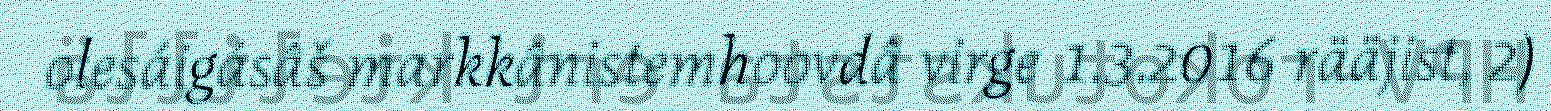
olesáigásâš markkânistemhoovdâ virge 1.3.2016 rääjist, 2)